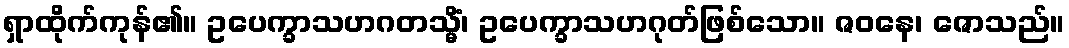
ရှာထိုက်ကုန်၏။ ဥပေက္ခာသဟဂတသ္မိံ၊ ဥပေက္ခာသဟဂုတ်ဖြစ်သော။ ဇဝနေ၊ ဇောသည်။